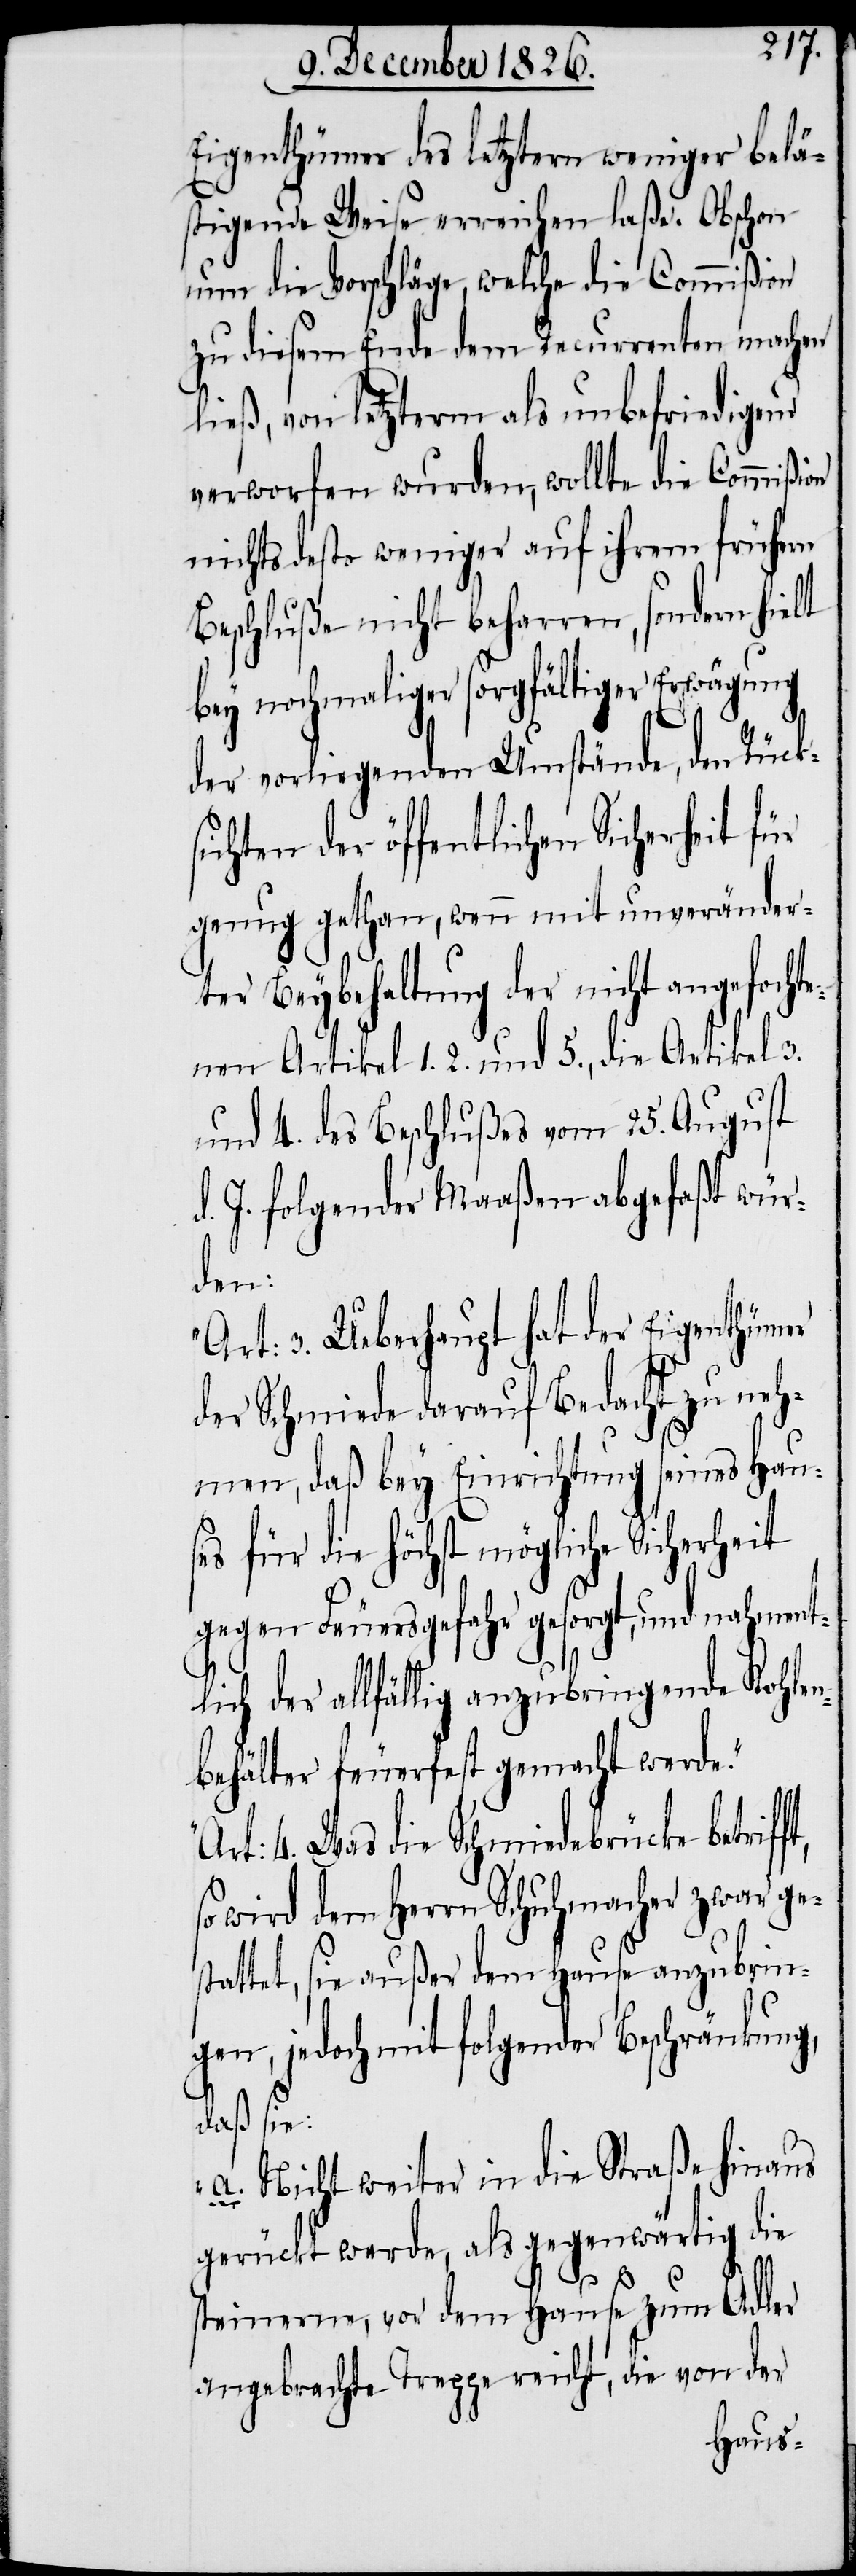
Eigenthümer des letztern weniger beläs¬
tigende Weise erreichen laße. Obschon
nun die Vorschläge, welche die Commißion
zu diesem Ende dem Recurrenten machen
ließ, von letzterm als unbefriedigend
verworfen wurden, wollte die Commißion
nichts desto weniger auf ihrem frühern
Beschluße nicht beharren, sondern hielt
bey nochmaliger sorgfältiger Erwägung
der vorliegenden Umstände, den Rück¬
sichten der öffentlichen
genug gethan, wenn mit unveränder¬
ter Beybehaltung der nicht angefochte¬
nen Artikel 1.[,] 2. und 5., die Artikel 3.
und 4. des Beschlußes vom 25. August
d. J. folgender Maaßen abgefaßt wür¬
den:
„Art: 3. Ueberhaupt hat der Eigenthümer
der Schmiede darauf Bedacht zu neh¬
men, daß bey Einrichtung seines Haus¬
es für die höchst mögliche
gegen Feuersgefahr gesorgt, und nahment¬
lich der allfällig anzubringende Kohlen¬
behälter feuerfest gemacht werde.
Art: 4. Was die Schmiedebrücke betrif¬
so wird dem Herrn Schuhmacher zwar ges¬
tattet, sie außer dem Hause anzubrin¬
gen, jedoch mit folgender Beschränkung,
daß sie:
a. Nicht weiter in die Straße hinaus
gerückt werde, als gegenwärtig die
ft,
steinerne, vor dem Hause zum Adler
angebrachte Treppe reicht, die von der